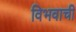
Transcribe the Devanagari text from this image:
विभवाची